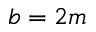
b = 2 m